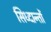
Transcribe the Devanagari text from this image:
सिध्दान्तों